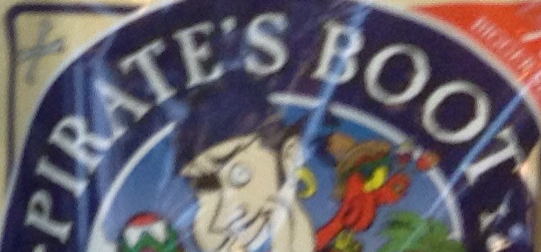
PIRATE'S BOOT